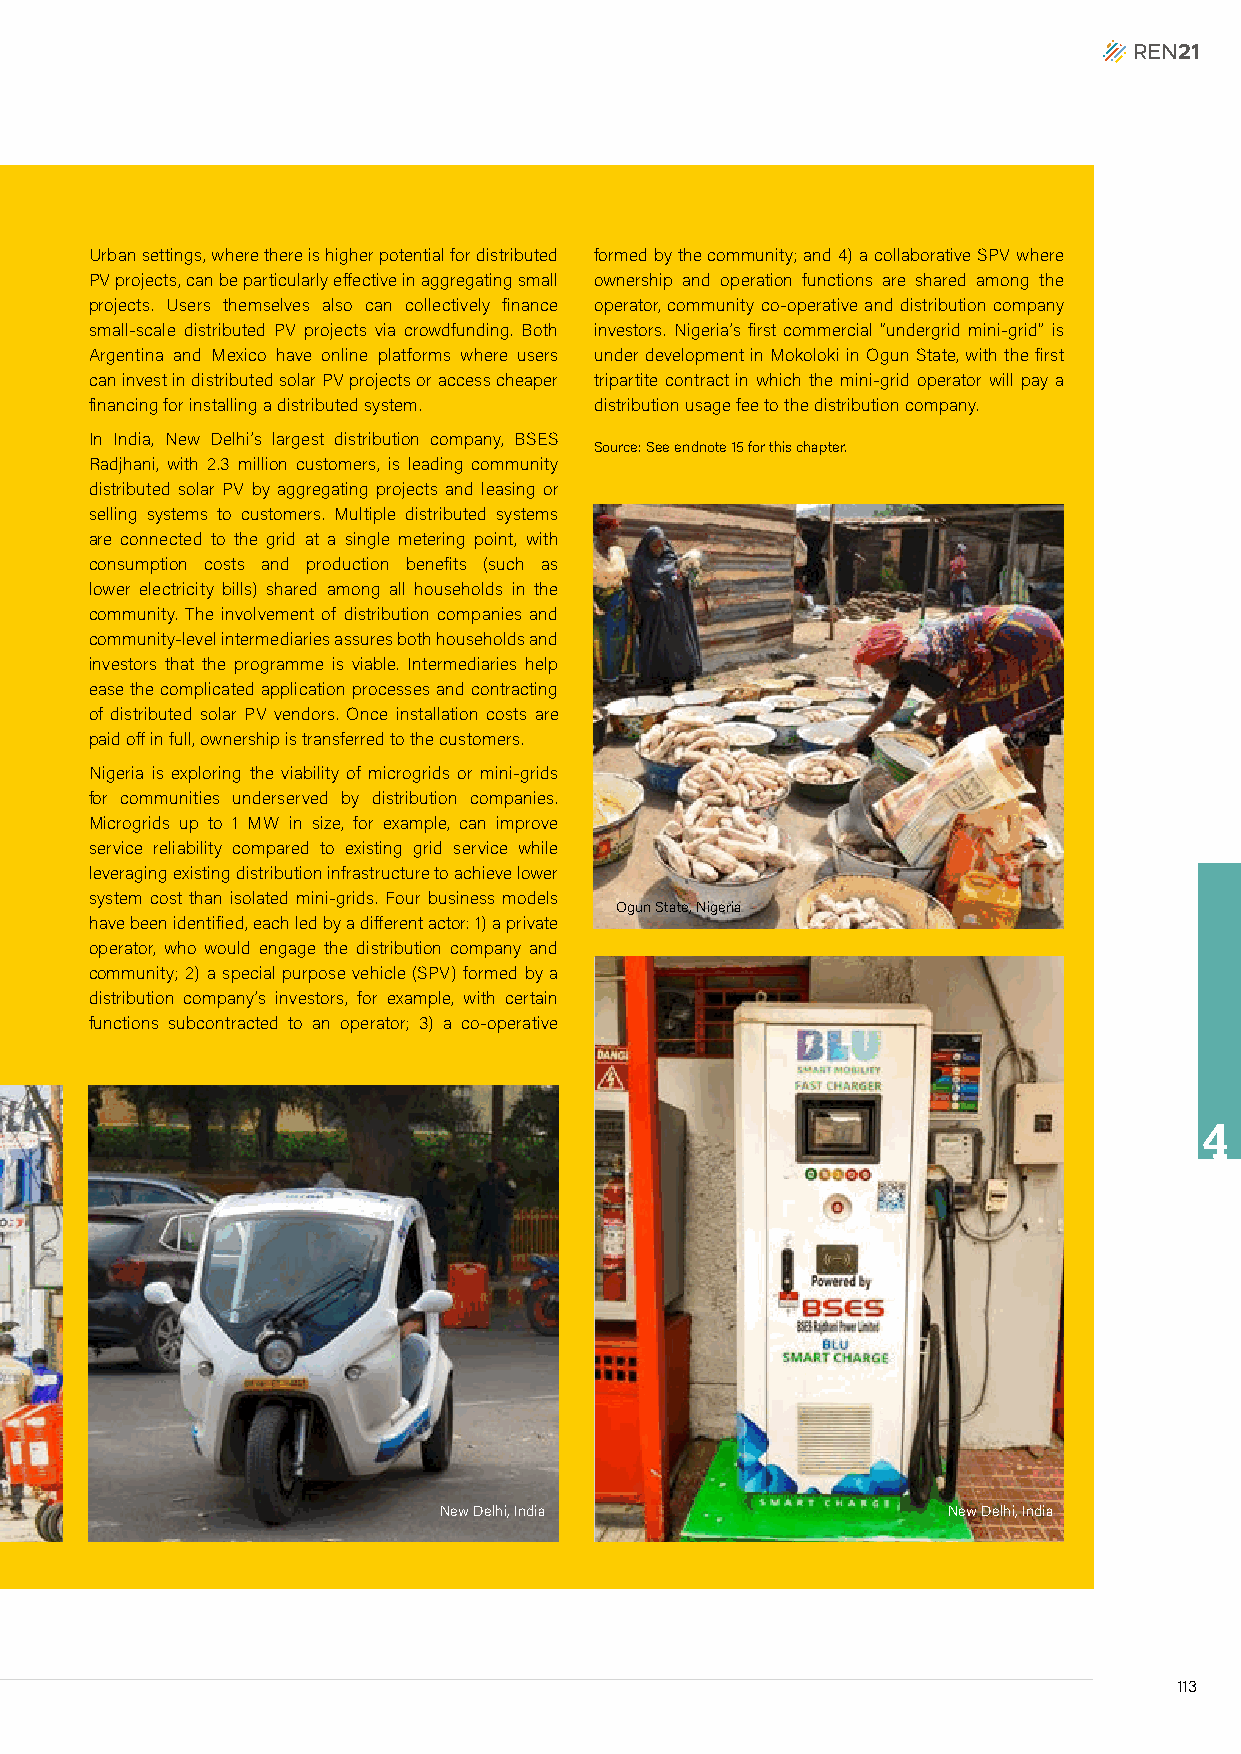
Urban settings, where there is higher potential for distributed formed by the community; and 4) a collaborative SPV where
 PV projects, can be particularly effective in aggregating small ownership and operation functions are shared among the
 projects. Users themselves also can collectively finance operator, community co-operative and distribution company
 small-scale distributed PV projects via crowdfunding. Both investors. Nigeria’s first commercial “undergrid mini-grid” is
 Argentina and Mexico have online platforms where users under development in Mokoloki in Ogun State, with the first
 can invest in distributed solar PV projects or access cheaper tripartite contract in which the mini-grid operator will pay a
 financing for installing a distributed system. distribution usage fee to the distribution company.
 In India, New Delhi’s largest distribution company, BSES
 Source: See endnote 15 for this chapter.
 Radjhani, with 2.3 million customers, is leading community
 distributed solar PV by aggregating projects and leasing or
 selling systems to customers. Multiple distributed systems
 are connected to the grid at a single metering point, with
 consumption costs and production benefits (such as
 lower electricity bills) shared among all households in the
 community. The involvement of distribution companies and
 community-level intermediaries assures both households and
 investors that the programme is viable. Intermediaries help
 ease the complicated application processes and contracting
 of distributed solar PV vendors. Once installation costs are
 paid off in full, ownership is transferred to the customers.
 Nigeria is exploring the viability of microgrids or mini-grids
 for communities underserved by distribution companies.
 Microgrids up to 1 MW in size, for example, can improve
 service reliability compared to existing grid service while
 leveraging existing distribution infrastructure to achieve lower
 system cost than isolated mini-grids. Four business models
 OOgguunn SSttaattee,, NNiiggeerriiaa
 have been identified, each led by a different actor: 1) a private
 operator, who would engage the distribution company and
 community; 2) a special purpose vehicle (SPV) formed by a
 distribution company’s investors, for example, with certain
 functions subcontracted to an operator; 3) a co-operative
 4
 New Delhi, India                  NNeeww DDeellhhii,, IInnddiiaa
 113